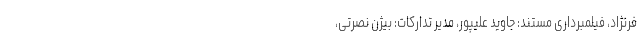
فرنژاد، فیلمبرداری مستند: جاوید علیپور، مدیر تدارکات: بیژن نصرتی،